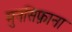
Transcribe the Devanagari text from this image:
मुनसिफ़ाना